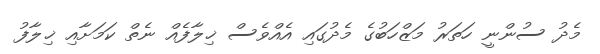
މެދު ސުންނީ ހަތަރު މަޒްހަބުގެ މެދުގައި އެއްވެސް ޚިލާފެއް ނެތް ކަމަށާއި ޚިލާފު